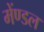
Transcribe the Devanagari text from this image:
मेंण्डल